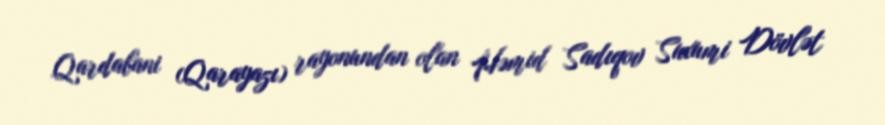
Qardabani (Qarayazı) rayonundan olan Həmid Sadıqov Suxumi Dövlət